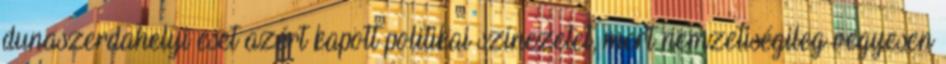
dunaszerdahelyi eset azért kapott politikai színezetet, mert nemzetiségileg vegyesen